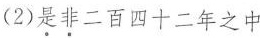
(2)是非二百四十二年之中